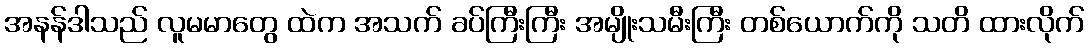
အနန်ဒါသည် လူမမာတွေ ထဲက အသက် ခပ်ကြီးကြီး အမျိုးသမီးကြီး တစ်ယောက်ကို သတိ ထားလိုက်